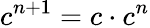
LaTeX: c^{n+1}=c\cdot c^{n}